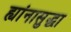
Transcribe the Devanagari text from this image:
ह्यांनासुद्धा